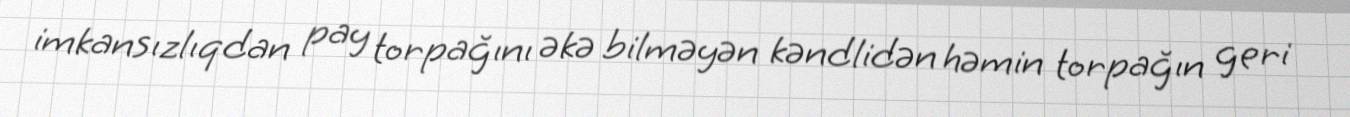
imkansızlıqdan pay torpağını əkə bilməyən kəndlidən həmin torpağın geri